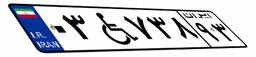
۰۳W۷۳۸۹۳